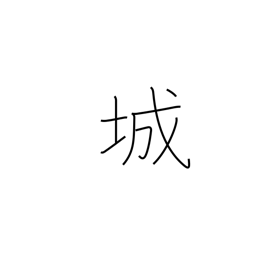
Meaning: castle